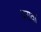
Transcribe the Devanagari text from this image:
वरावा